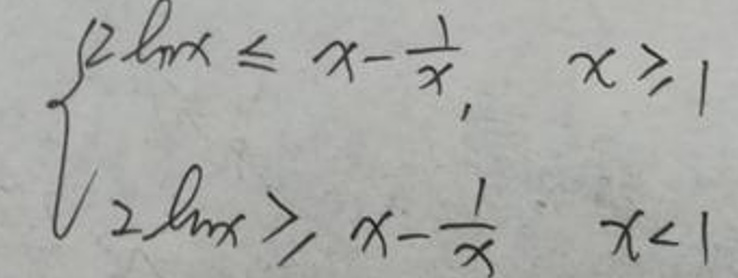
\[
\begin{cases}
2\ln x\leq x - \frac{1}{x}, & x\geq1 \\
2\ln x > x - \frac{1}{x}, & x<1
\end{cases}
\]